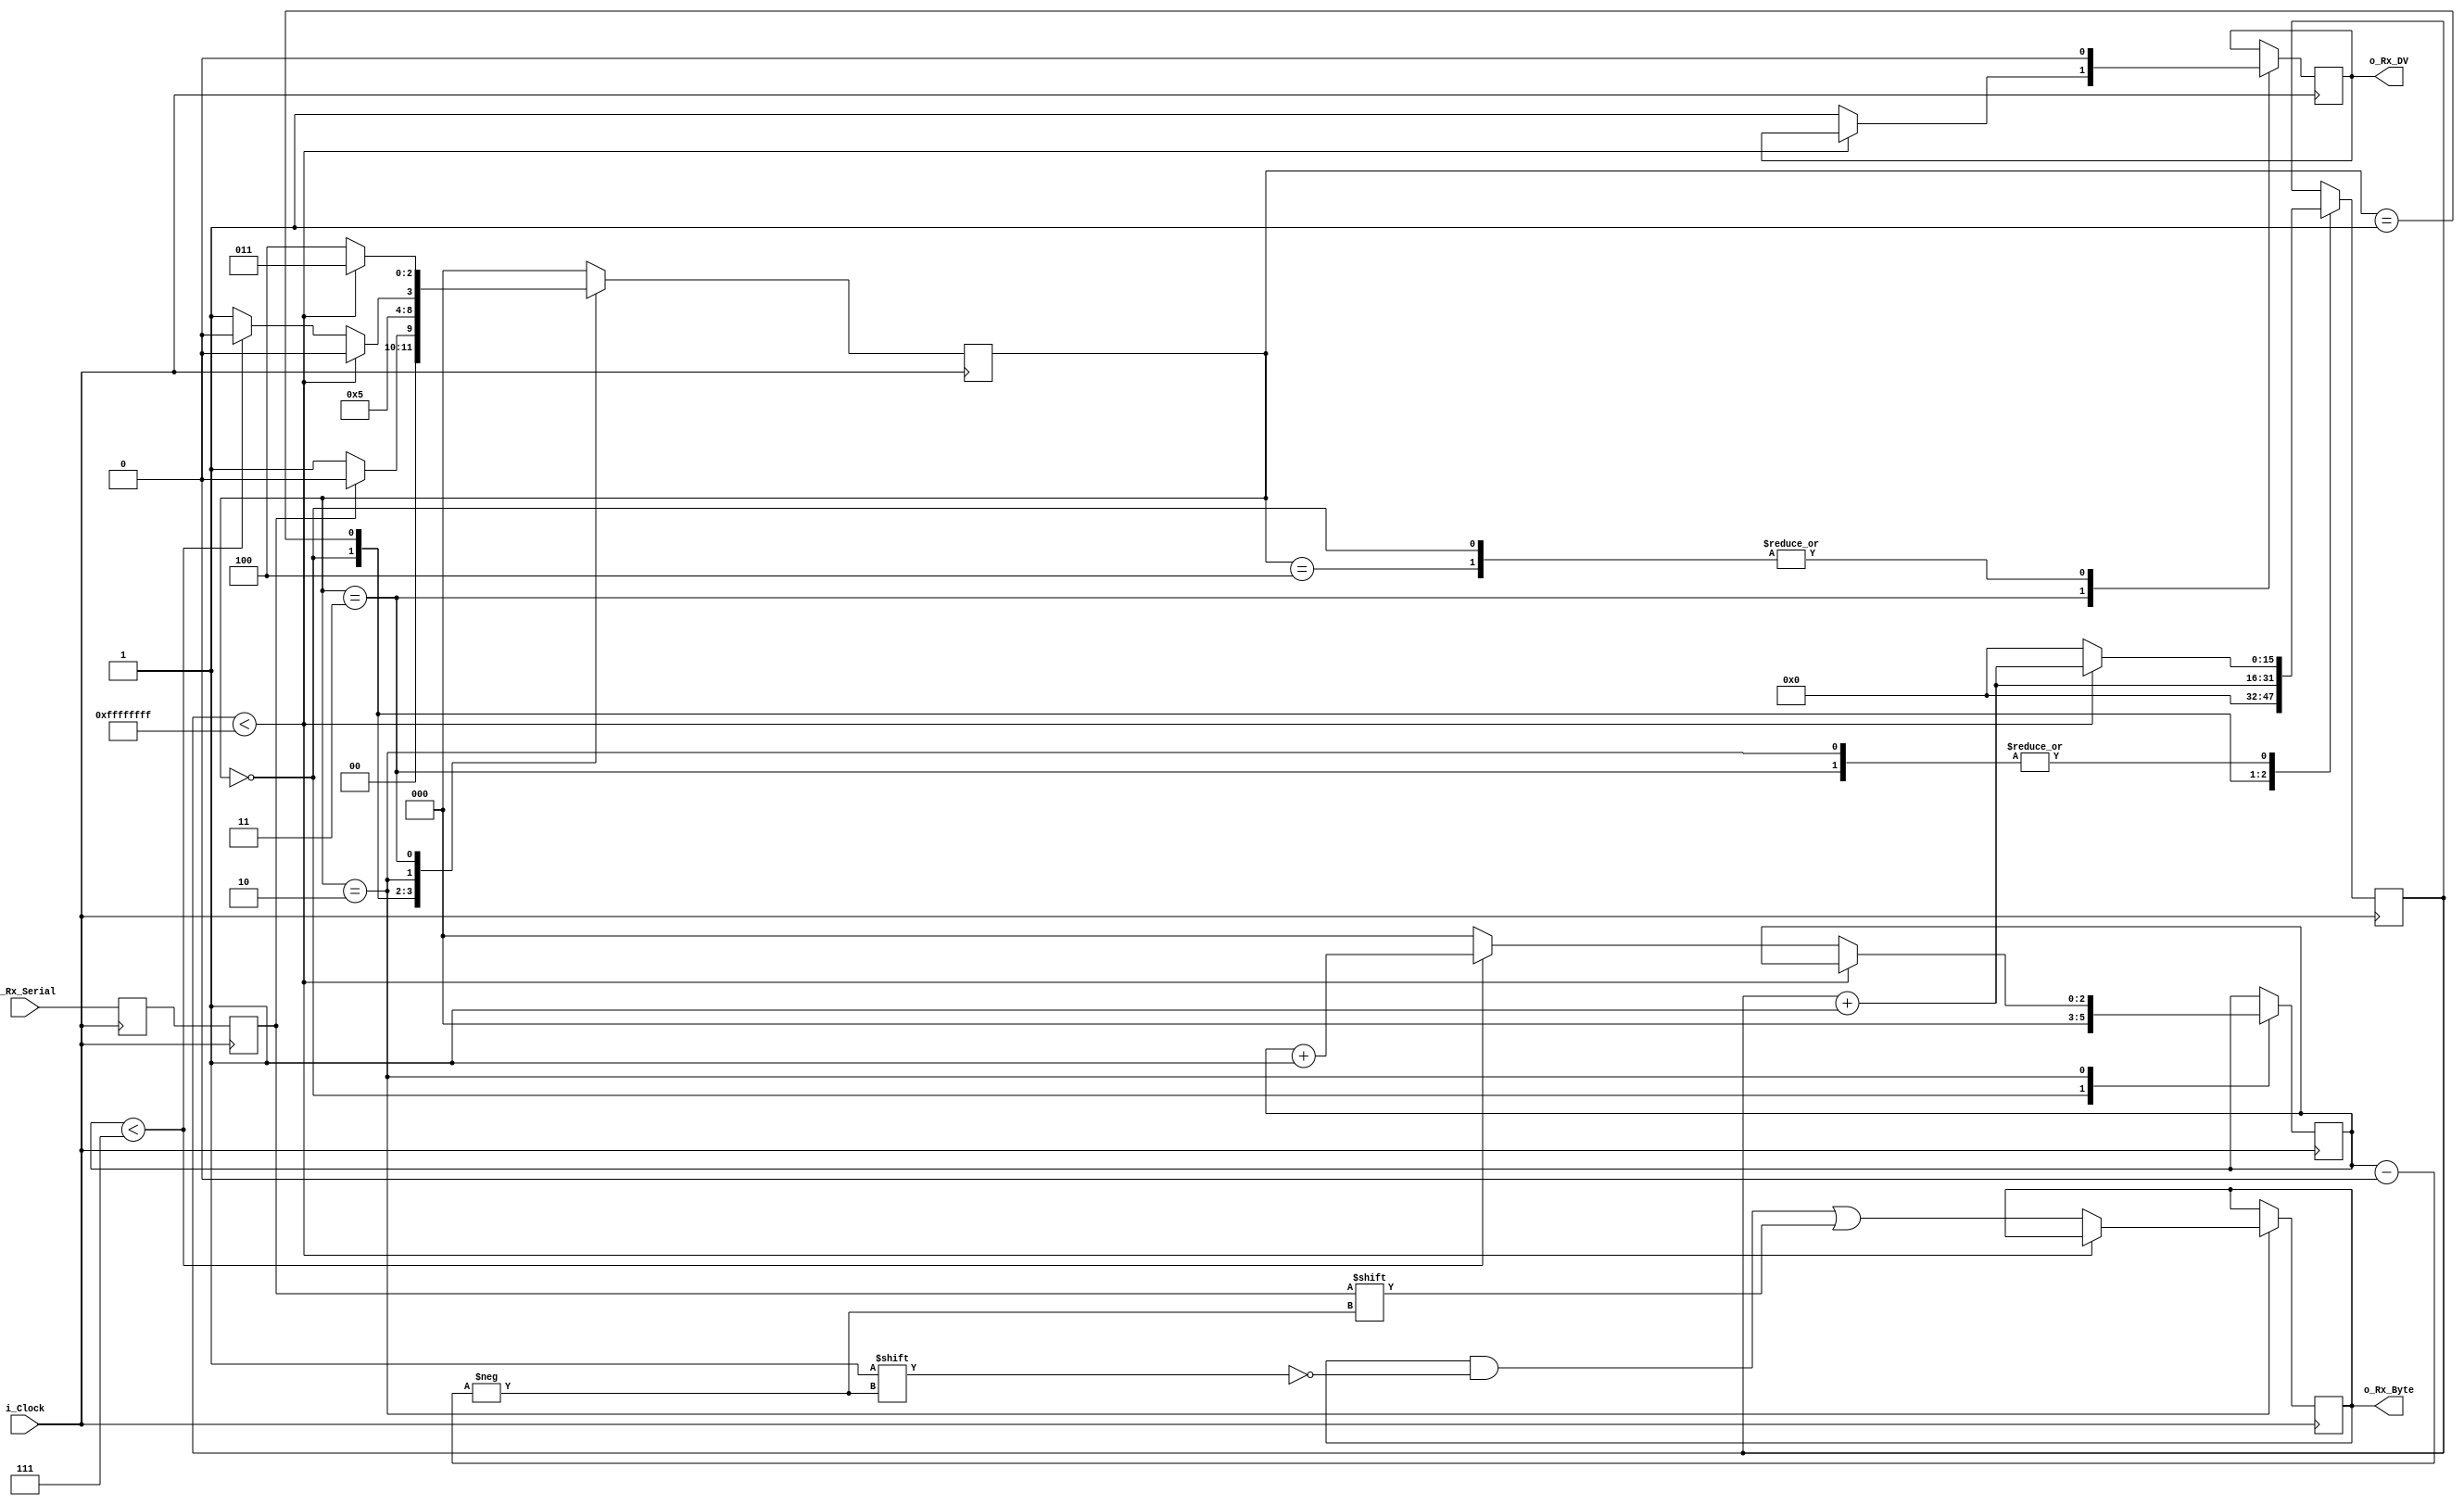

module uart_rx
  #(parameter CLKS_PER_BIT = 0)
  (
   input        i_Clock,
   input        i_Rx_Serial,
   output       o_Rx_DV,
   output [7:0] o_Rx_Byte
   );

  parameter s_IDLE         = 3'b000;
  parameter s_RX_START_BIT = 3'b001;
  parameter s_RX_DATA_BITS = 3'b010;
  parameter s_RX_STOP_BIT  = 3'b011;
  parameter s_CLEANUP      = 3'b100;

  reg           r_Rx_Data_R = 1'b1;
  reg           r_Rx_Data   = 1'b1;

  reg [15:0]     r_Clock_Count = 0;
  reg [2:0]     r_Bit_Index   = 0; //8 bits total
  reg [7:0]     r_Rx_Byte     = 0;
  reg           r_Rx_DV       = 0;
  reg [2:0]     r_SM_Main     = 0;

  // Purpose: Double-register the incoming data.
  // This allows it to be used in the UART RX Clock Domain.
  // (It removes problems caused by metastability)
  always @(posedge i_Clock)
    begin
      r_Rx_Data_R <= i_Rx_Serial;
      r_Rx_Data   <= r_Rx_Data_R;
    end


  // Purpose: Control RX state machine
  always @(posedge i_Clock)
    begin

      case (r_SM_Main)
        s_IDLE :
          begin
            r_Rx_DV       <= 1'b0;
            r_Clock_Count <= 0;
            r_Bit_Index   <= 0;

            if (r_Rx_Data == 1'b0)          // Start bit detected
              r_SM_Main <= s_RX_START_BIT;
            else
              r_SM_Main <= s_IDLE;
          end

        // Check middle of start bit to make sure it's still low
        s_RX_START_BIT :
          begin
            if (r_Clock_Count == (CLKS_PER_BIT-1)/2)
              begin
                if (r_Rx_Data == 1'b0)
                  begin
                    r_Clock_Count <= 0;  // reset counter, found the middle
                    r_SM_Main     <= s_RX_DATA_BITS;
                  end
                else
                  r_SM_Main <= s_IDLE;
              end
            else
              begin
                r_Clock_Count <= r_Clock_Count + 1;
                r_SM_Main     <= s_RX_START_BIT;
              end
          end // case: s_RX_START_BIT


        // Wait CLKS_PER_BIT-1 clock cycles to sample serial data
        s_RX_DATA_BITS :
          begin
            if (r_Clock_Count < CLKS_PER_BIT-1)
              begin
                r_Clock_Count <= r_Clock_Count + 1;
                r_SM_Main     <= s_RX_DATA_BITS;
              end
            else
              begin
                r_Clock_Count          <= 0;
                r_Rx_Byte[r_Bit_Index] <= r_Rx_Data;

                // Check if we have received all bits
                if (r_Bit_Index < 7)
                  begin
                    r_Bit_Index <= r_Bit_Index + 1;
                    r_SM_Main   <= s_RX_DATA_BITS;
                  end
                else
                  begin
                    r_Bit_Index <= 0;
                    r_SM_Main   <= s_RX_STOP_BIT;
                  end
              end
          end // case: s_RX_DATA_BITS


        // Receive Stop bit.  Stop bit = 1
        s_RX_STOP_BIT :
          begin
            // Wait CLKS_PER_BIT-1 clock cycles for Stop bit to finish
            if (r_Clock_Count < CLKS_PER_BIT-1)
              begin
                r_Clock_Count <= r_Clock_Count + 1;
                r_SM_Main     <= s_RX_STOP_BIT;
              end
            else
              begin
                r_Rx_DV       <= 1'b1;
                r_Clock_Count <= 0;
                r_SM_Main     <= s_CLEANUP;
              end
          end // case: s_RX_STOP_BIT


        // Stay here 1 clock
        s_CLEANUP :
          begin
            r_SM_Main <= s_IDLE;
            r_Rx_DV   <= 1'b0;
          end


        default :
          r_SM_Main <= s_IDLE;

      endcase
    end

  assign o_Rx_DV   = r_Rx_DV;
  assign o_Rx_Byte = r_Rx_Byte;

endmodule // uart_rx